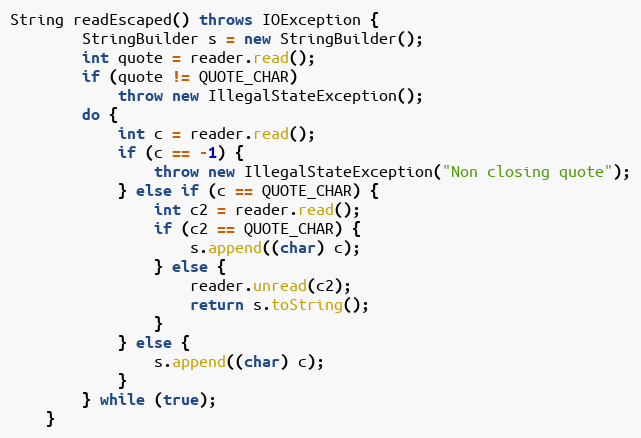
Language: Java
String readEscaped() throws IOException {
		StringBuilder s = new StringBuilder();
		int quote = reader.read();
		if (quote != QUOTE_CHAR)
			throw new IllegalStateException();
		do {
			int c = reader.read();
			if (c == -1) {
				throw new IllegalStateException("Non closing quote");
			} else if (c == QUOTE_CHAR) {
				int c2 = reader.read();
				if (c2 == QUOTE_CHAR) {
					s.append((char) c);
				} else {
					reader.unread(c2);
					return s.toString();
				}
			} else {
				s.append((char) c);
			}
		} while (true);
	}